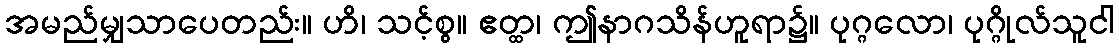
အမည်မျှသာပေတည်း။ ဟိ၊ သင့်စွ။ ဧတ္ထ၊ ဤနာဂသိန်ဟူရာ၌။ ပုဂ္ဂလော၊ ပုဂ္ဂိုလ်သူငါ